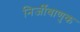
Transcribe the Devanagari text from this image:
निर्जीवाणुक